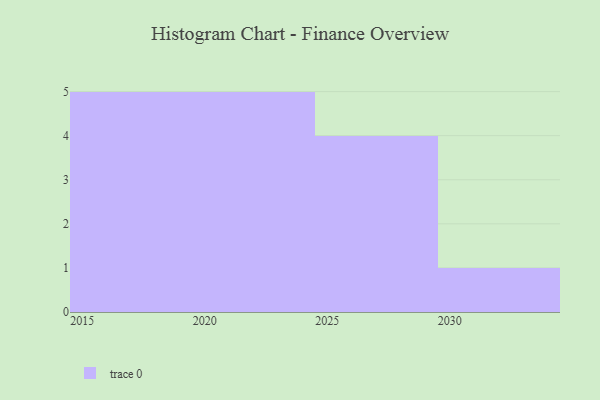
{"axis": {"x": "Year", "y": "Gross Profit (USD K)"}, "legend": [""], "data": [{"x": "2020", "y": 4, "type": ""}, {"x": "2017", "y": 33, "type": ""}, {"x": "2021", "y": 48, "type": ""}, {"x": "2025", "y": 29, "type": ""}, {"x": "2026", "y": 77, "type": ""}, {"x": "2016", "y": 67, "type": ""}, {"x": "2018", "y": 62, "type": ""}, {"x": "2015", "y": 93, "type": ""}, {"x": "2029", "y": 81, "type": ""}, {"x": "2028", "y": 37, "type": ""}, {"x": "2019", "y": 9, "type": ""}, {"x": "2023", "y": 88, "type": ""}, {"x": "2022", "y": 54, "type": ""}, {"x": "2024", "y": 92, "type": ""}, {"x": "2030", "y": 33, "type": ""}]}